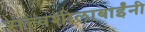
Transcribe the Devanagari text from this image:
सत्त्वशीलाबाईंनी